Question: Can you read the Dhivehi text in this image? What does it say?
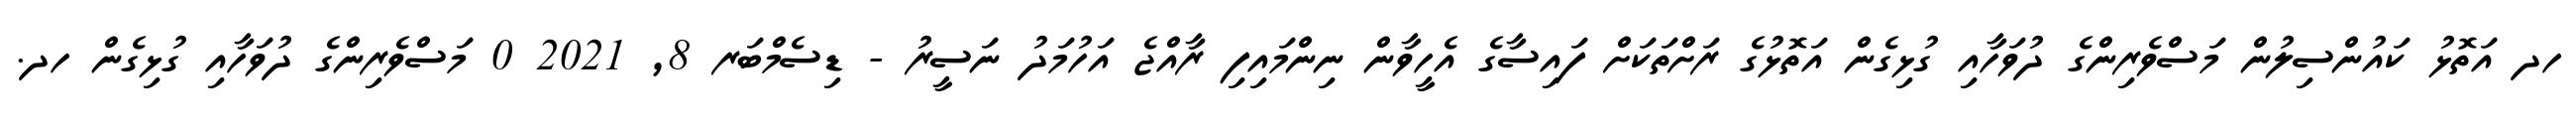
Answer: ހދ އަތޮޅު ކައުންސިލުން މަސްވެރިންގެ ދުވަހާއި ގުޅިގެން އަތޮޅުގެ ރަށްތަކަށް ފައިސާގެ އެހީވާން ނިންމައިފި ރާއްޖެ އަހުމަދު ނަސީރު - ޑިސެމްބަރ 8, 2021 0 މަސްވެރިންގެ ދުވަހާއި ގުޅިގެން ހދ.